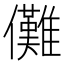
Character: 儺